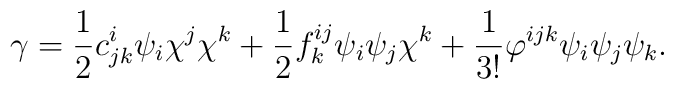
\gamma = \frac{1}{2}c^i_{jk}\psi_i\chi^j\chi^k    + \frac{1}{2}f^{ij}_k\psi_i\psi_j\chi^k    + \frac{1}{3!} \varphi^{ijk}\psi_i\psi_j\psi_k.